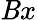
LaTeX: \mathit{B}x